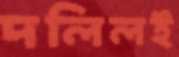
দলিলই